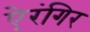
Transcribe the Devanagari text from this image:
ऐरंगिर